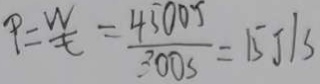
P = \frac { W } { t } = \frac { 4 5 0 0 J } { 3 0 0 S } = 1 5 J / S